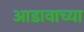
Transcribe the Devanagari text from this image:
आडावाच्या